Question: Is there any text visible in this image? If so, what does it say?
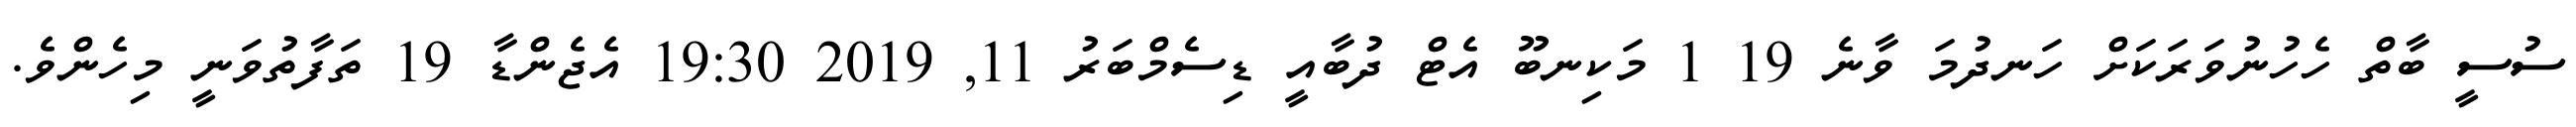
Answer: ސުސީ ބާތް ހެހުނުވަރަކަށް ހަނދުމަ ވާނެ 19 1 މަކިނބޫ އެޓް ދުބާއީ ޑިސެމްބަރު 11, 2019 19:30 އެޖެންޑާ 19 ތަފާތުވަނީ މިހެންވެ.